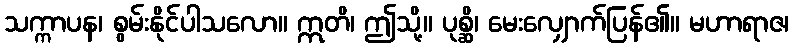
သက္ကာပန၊ စွမ်းနိုင်ပါသလော။ ဣတိ၊ ဤသို့။ ပုစ္ဆိ၊ မေးလျှောက်ပြန်၏။ မဟာရာဇ၊